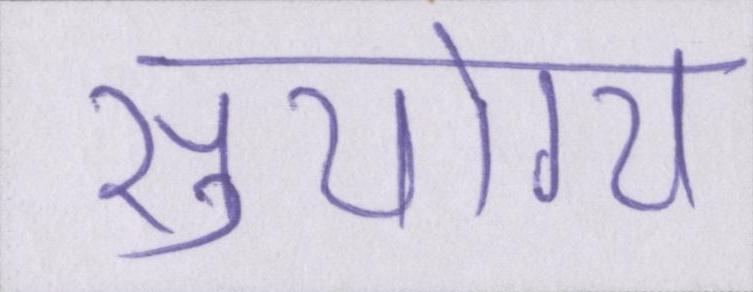
सुयोग्य